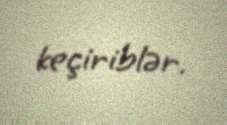
keçiriblər.